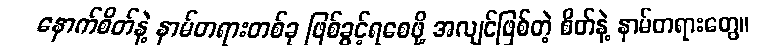
နောက်စိတ်နဲ့ နာမ်တရားတစ်ခု ဖြစ်ခွင့်ရစေဖို့ အလျင်ဖြစ်တဲ့ စိတ်နဲ့ နာမ်တရားတွေ။